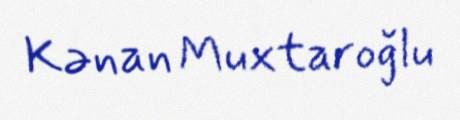
Kənan Muxtaroğlu